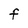
Character: F